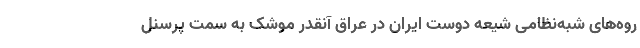
روه‌های شبه‌نظامی شیعه دوست ایران در عراق آنقدر موشک به سمت پرسنل